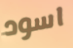
اسود